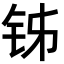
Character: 𬬳